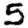
Digit: 5